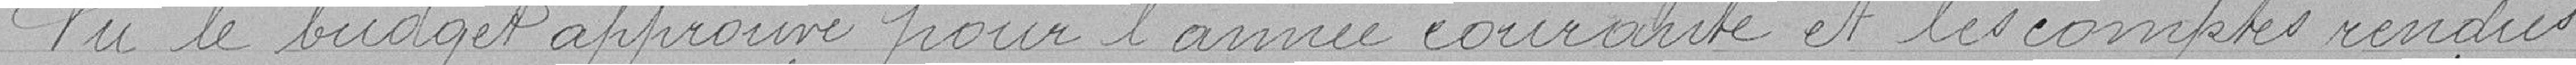
Vu le budget approuvé pour l'année courante et les comptes rendus